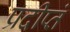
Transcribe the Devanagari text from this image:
प्रदीप्तं